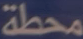
محطة